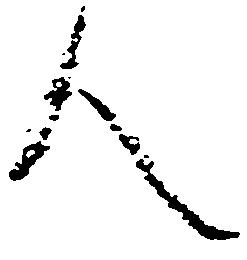
人